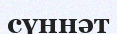
сүннәт